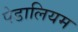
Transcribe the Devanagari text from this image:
पेडालियम